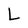
Character: L